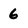
Character: 6